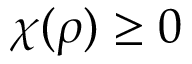
\chi ( \rho ) \ge 0